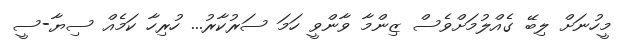
މީހުނަށް ލިބޭ ގެެއްލުމަށްވެސް ޒިންމާ ވާންވީ ހަމަ ސަރުކާރު... ހުރިހާ ކަމެއް ސިޔާ-ސީ